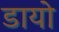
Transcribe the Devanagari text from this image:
डायो